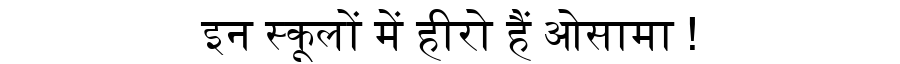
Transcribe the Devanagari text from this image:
इन स्कूलों में हीरो हैं ओसामा !